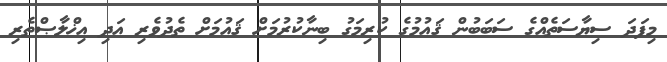
މިފަދަ ސިޔާސަތެއްގެ ސަބަބުން ޤައުމުގެ ކުރިމަގު ބިނާކުރުމަށް ޤައުމަށް ތެދުވެރި އަދި އިޚްލާޞްތެރި